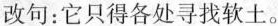
改句：它只得各处寻找软土。